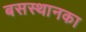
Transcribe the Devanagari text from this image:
बसस्थानका